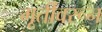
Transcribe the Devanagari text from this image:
मूर्तींवरून